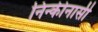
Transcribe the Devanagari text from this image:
निन्कीनासी